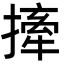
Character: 撁